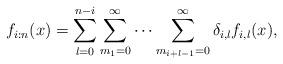
LaTeX: \begin{align*} f_{i:n}(x)=\sum_{l=0}^{n-i}\sum_{m_{1}=0}^{\infty}\cdots\sum_{m_{i+l-1}=0}^{\infty}\delta_{i,l}f_{i,l}(x),\end{align*}